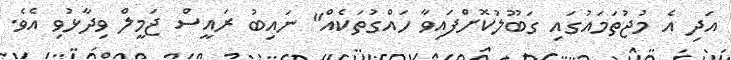
އަދި އެ މުޖުތަމައުގައި ގަބޫލުކޮށްފައިވާ ހައްގުތަކެއް" ނައިބު ރައީސް ޖަމީލް ވިދާޅުވި އެވެ.